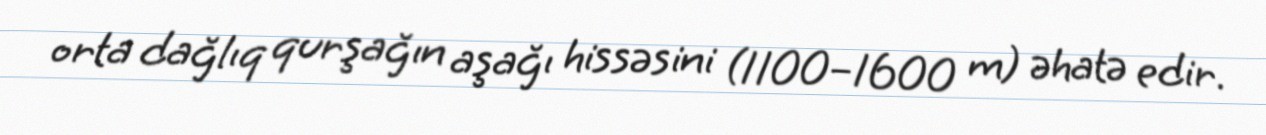
orta dağlıq qurşağın aşağı hissəsini (1100–1600 m) əhatə edir.